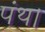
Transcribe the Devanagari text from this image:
पंथ।